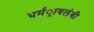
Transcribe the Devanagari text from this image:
धर्मर्ावलंबी